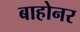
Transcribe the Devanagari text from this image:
बाहोनर